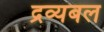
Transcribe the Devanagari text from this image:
द्रव्यबल